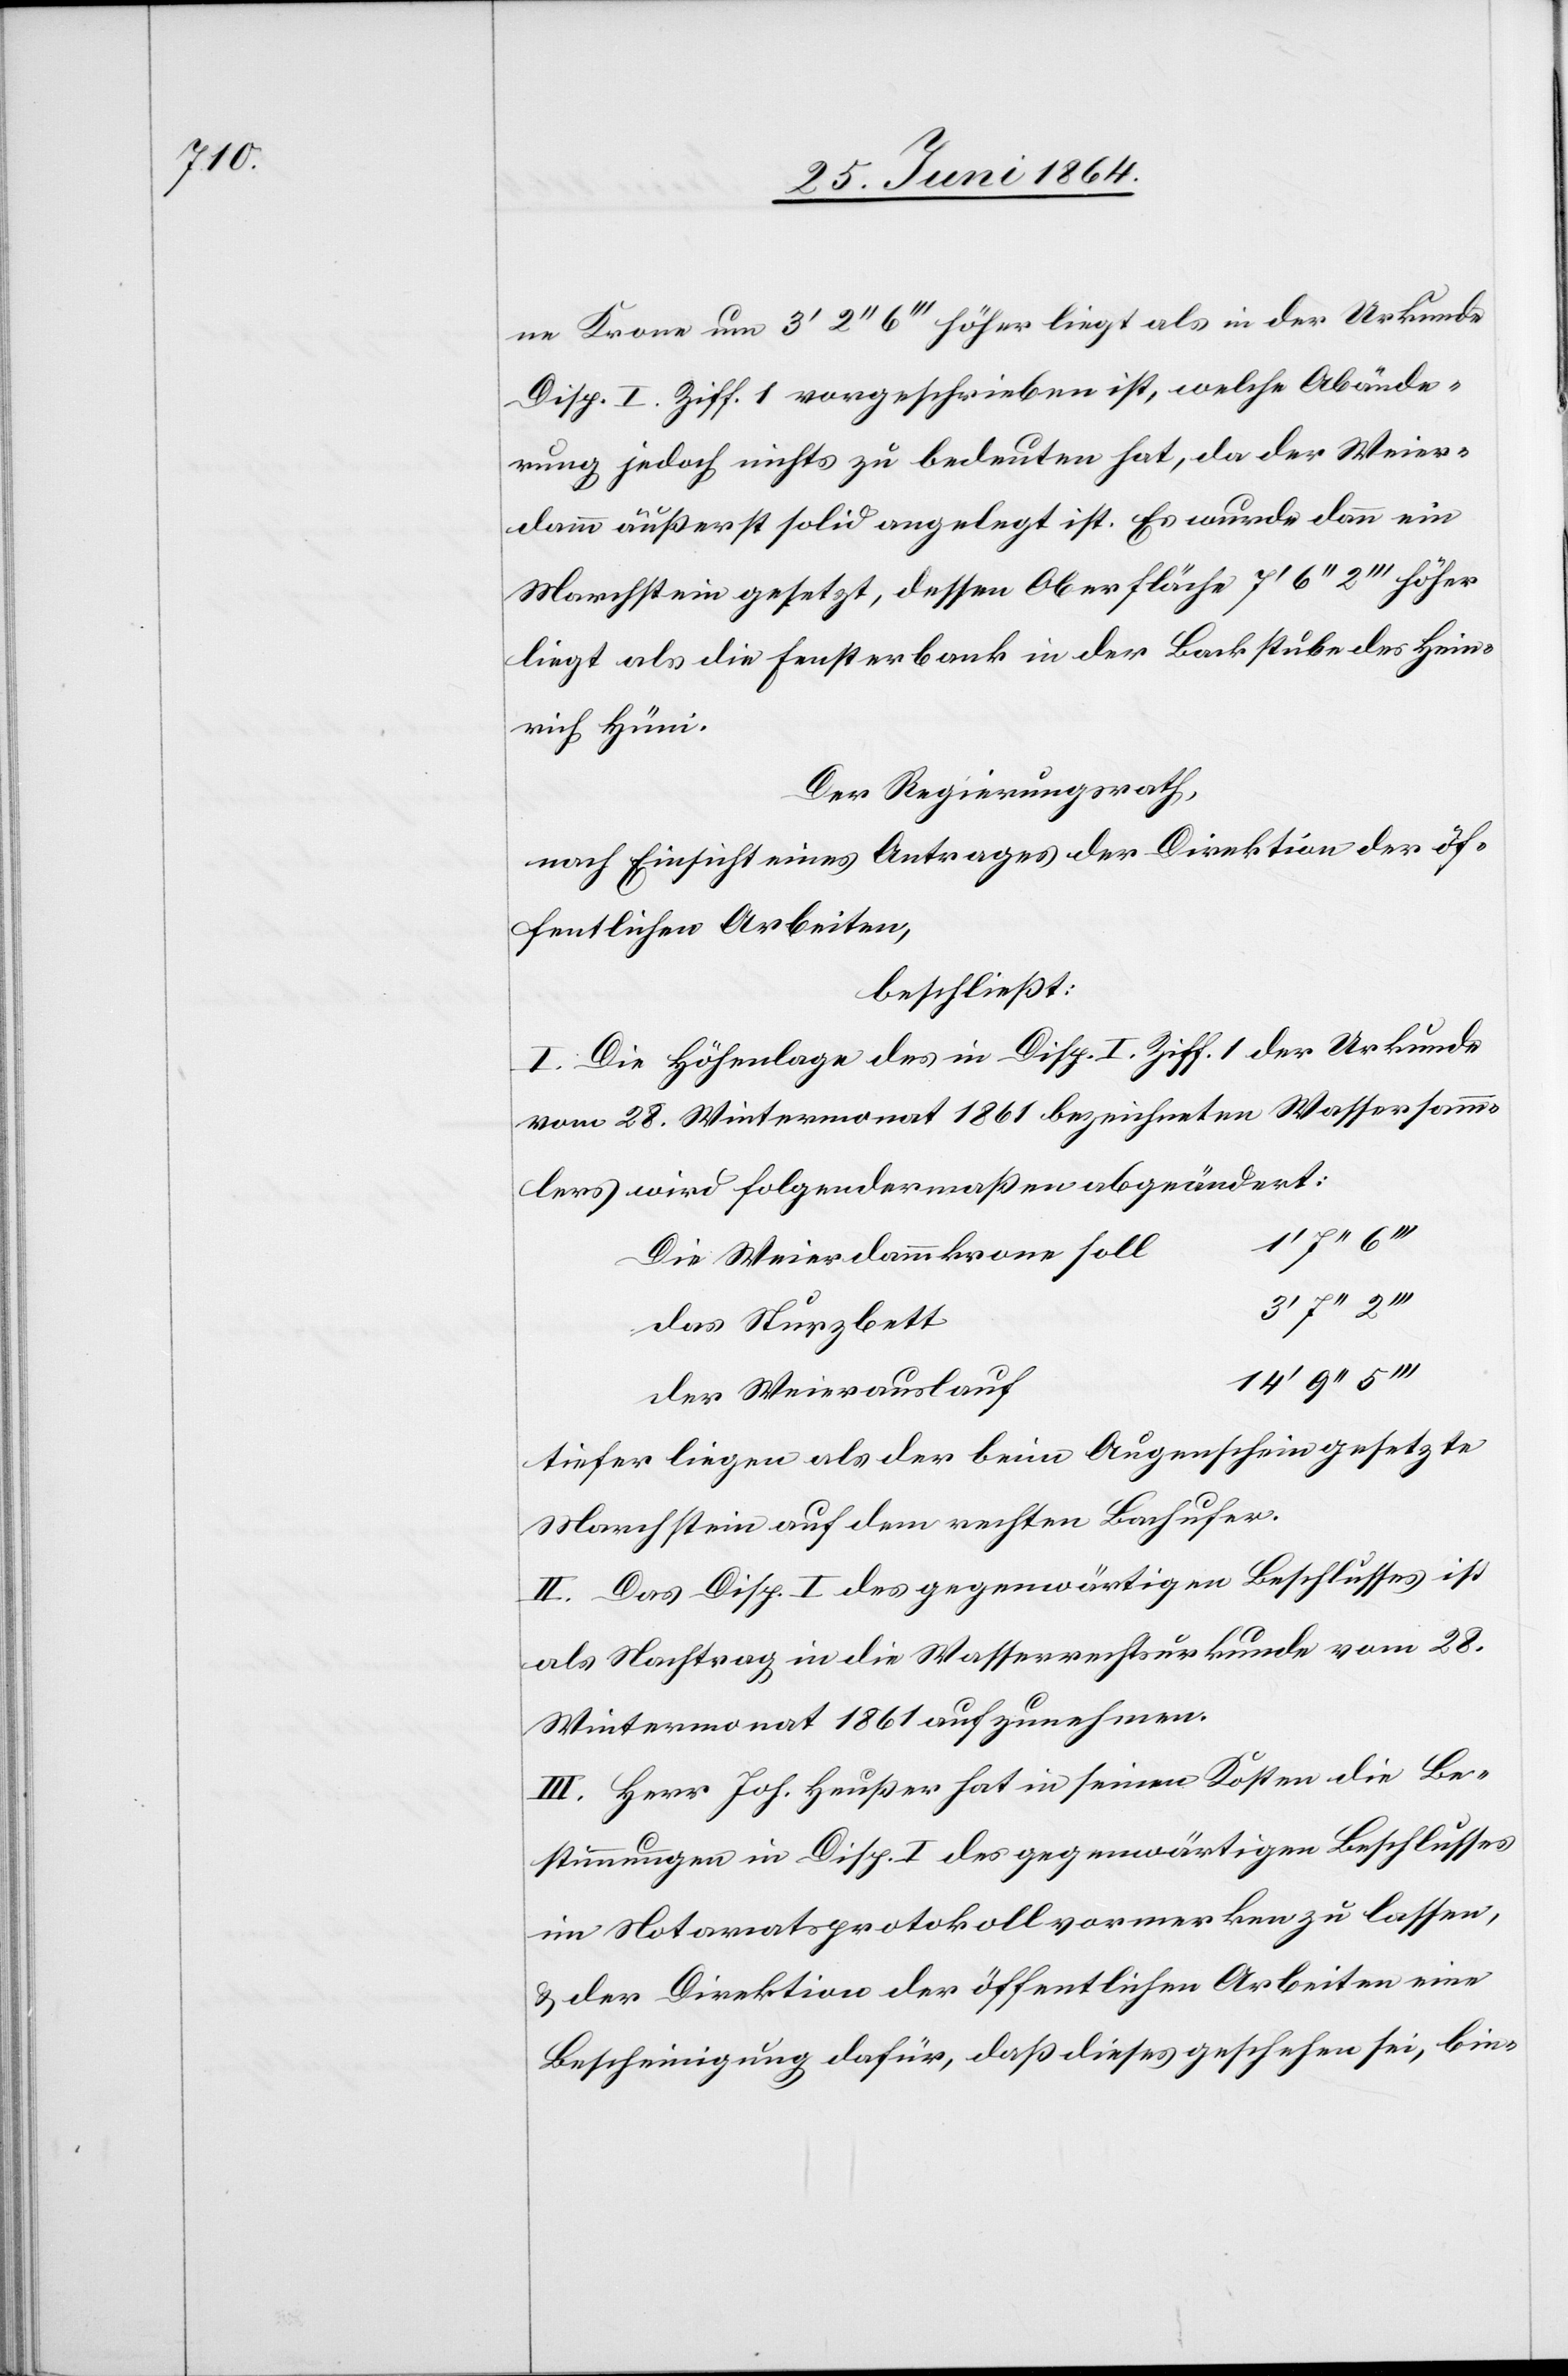
f	14’

ne Krone um 3’ 2’’ 6’’’ höher liegt als in der Urkunde
Disp. I. Ziff. 1 vorgeschrieben ist, welche Abände¬
rung jedoch nichts zu bedeuten hat, da der Weier¬
damm äußerst solid angelegt ist. Es wurde dann ein
Marchstein gesetzt, dessen Oberfläche 7’ 6’’ 2’’’ höher
liegt als die Fensterbank in der Backstube des Hein¬
rich Hüni.
Der Regierungsrath,
nach Einsicht eines Antrages der Direktion der öf¬
fentlichen Arbeiten,
beschließt:
I. Die Höhenlage des in Disp. I. Ziff. 1 der Urkunde
vom 28. Wintermonat 1861 bezeichneten Wassersamm¬
lers wird folgendermaßen abgeändert:
Die Weierdammkrone soll
das Sturzbett
der Weierauslau¬
tiefer liegen als der beim Augenschein gesetzte
Marchstein auf dem rechten Bachufer.
II. Das Disp. I des gegenwärtigen Beschlusses ist
als Nachtrag in die Wasserrechtsurkunde vom 28.
Wintermonat 1861 aufzunehmen.
III. Herr Joh. Heußer hat in seinen Kosten die Be¬
stimmungen in Disp. I des gegenwärtigen Beschlusses
im Notariatsprotokoll vormerken zu lassen,
u. der Direktion der öffentlichen Arbeiten eine
Bescheinigung dafür, daß dieses geschehen sei, bin-